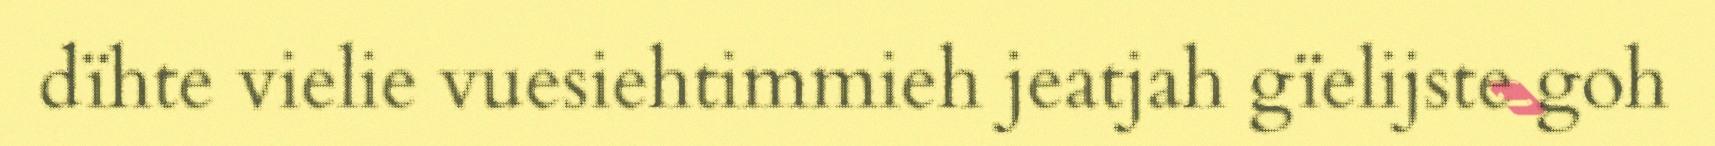
dïhte vielie vuesiehtimmieh jeatjah gïelijste goh